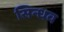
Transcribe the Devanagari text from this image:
सिन्धव